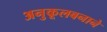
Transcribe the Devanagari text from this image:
अनुकूलबनाने